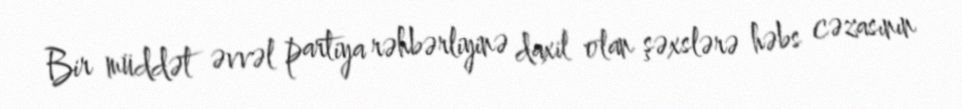
Bir müddət əvvəl partiya rəhbərliyinə daxil olan şəxslərə həbs cəzasının